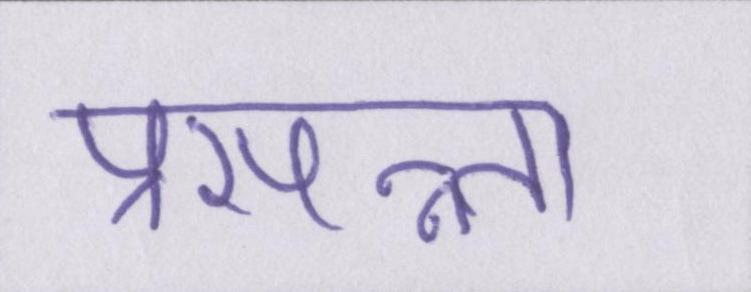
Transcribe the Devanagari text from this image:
प्रसन्न्ता